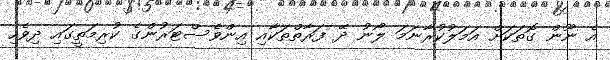
އެ ނޫން ގޮތަކަށް އަމަލުކުރާނަމަ ލޯނު ދޭ ފަރާތްތަކާއި އިންވެސްޓަރުންގެ ކުރިމަތީގައި ދިވެހި